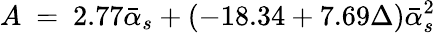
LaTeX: A\ =\ 2.77\bar{\alpha}_{s}+(-18.34+7.69\Delta)\bar{\alpha}_{s}^{2}